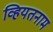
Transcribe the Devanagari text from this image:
व्हियतनाम